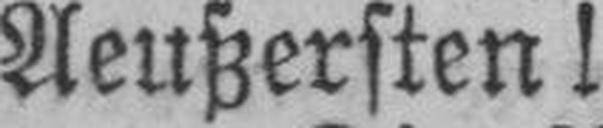
Aeußersten!